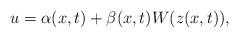
LaTeX: \begin{align*}& u=\alpha(x,t)+\beta(x,t)W(z(x,t)),\end{align*}